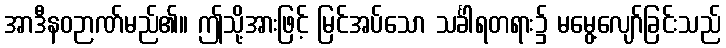
အာဒီနဝဉာဏ်မည်၏။ ဤသို့အားဖြင့် မြင်အပ်သော သင်္ခါရတရား၌ မမွေ့လျော်ခြင်းသည်